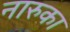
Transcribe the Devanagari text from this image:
नारुका